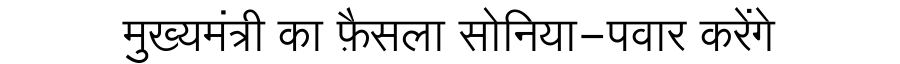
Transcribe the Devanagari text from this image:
मुख्यमंत्री का फ़ैसला सोनिया-पवार करेंगे